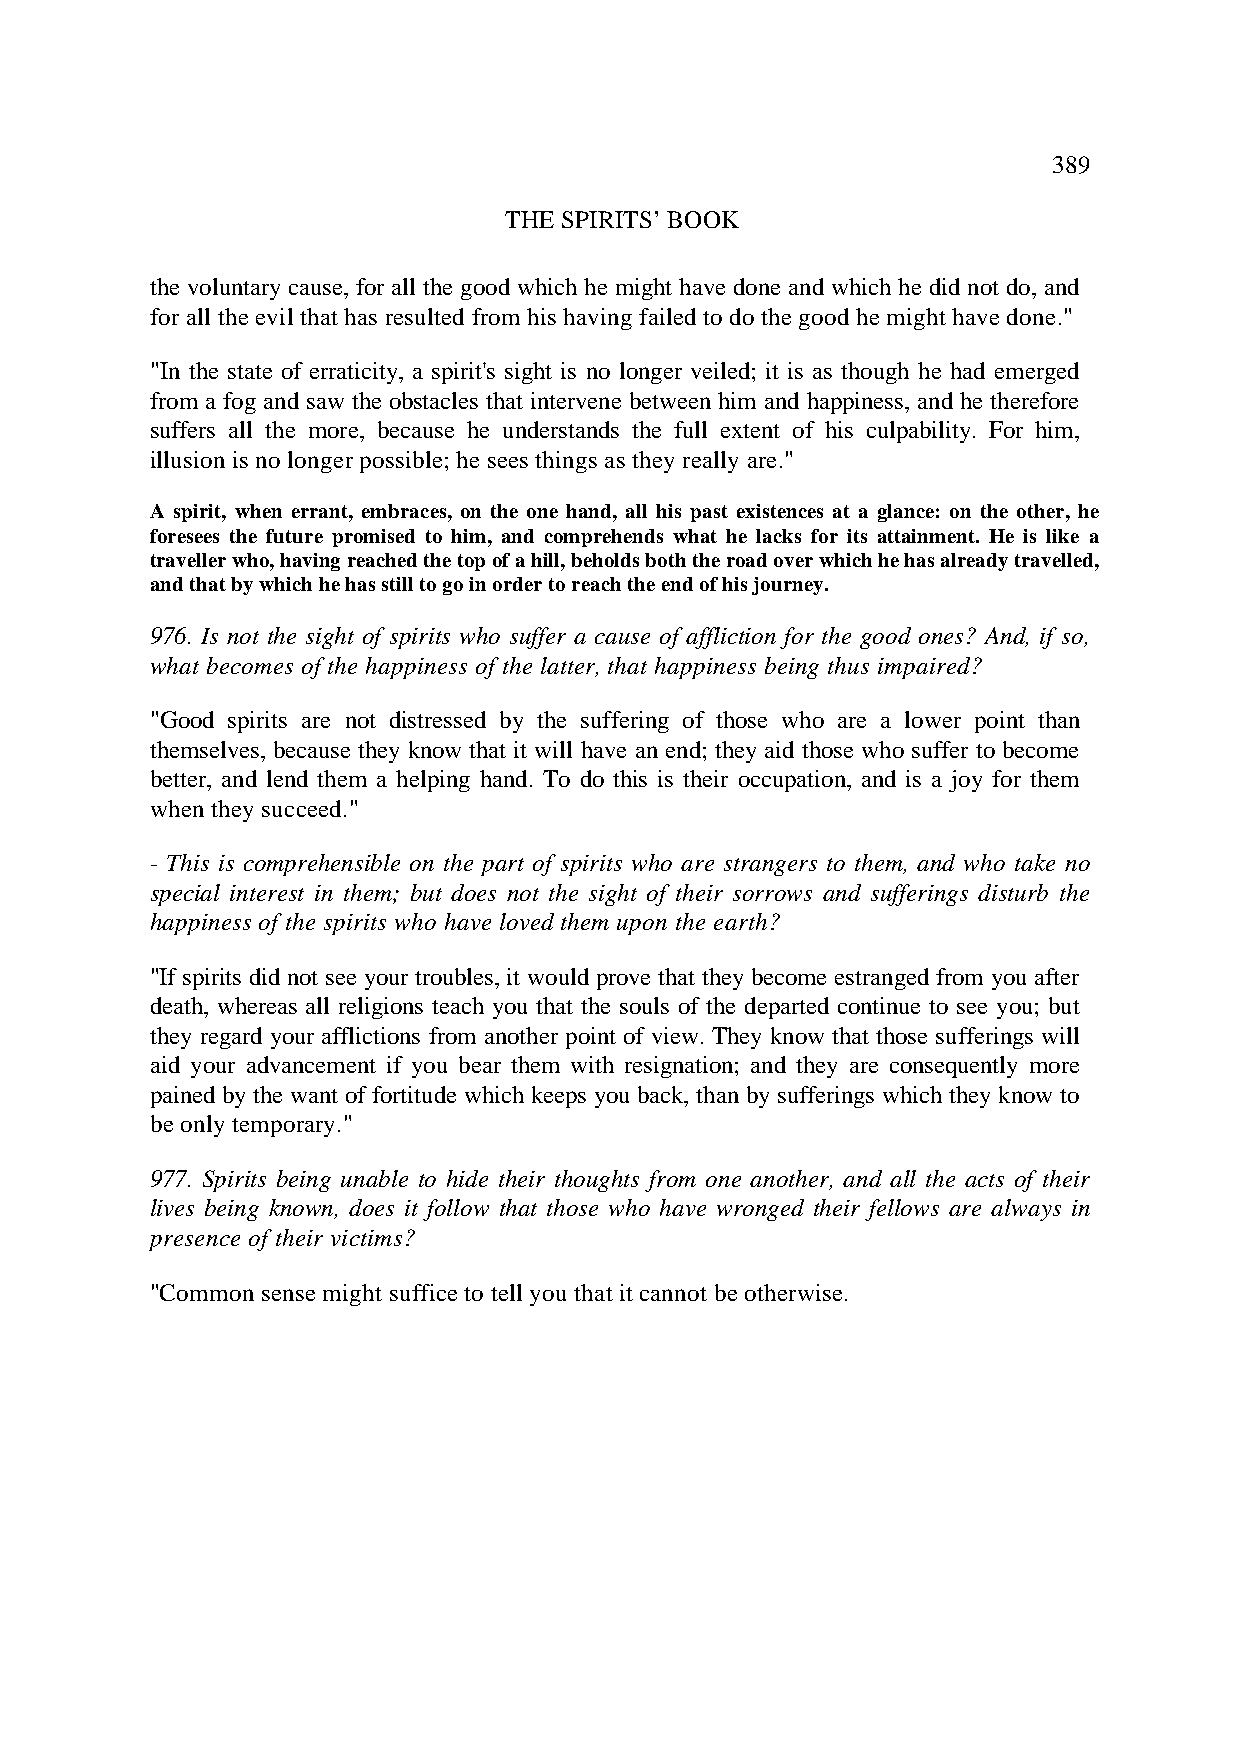
389
 THE SPIRITS’ BOOK
 the voluntary cause, for all the good which he might have done and which he did not do, and
 for all the evil that has resulted from his having failed to do the good he might have done."
 "In the state of erraticity, a spirit's sight is no longer veiled; it is as though he had emerged
 from a fog and saw the obstacles that intervene between him and happiness, and he therefore
 suffers all the more, because he understands the full extent of his culpability. For him,
 illusion is no longer possible; he sees things as they really are."
 A spirit, when errant, embraces, on the one hand, all his past existences at a glance: on the other, he
 foresees the future promised to him, and comprehends what he lacks for its attainment. He is like a
 traveller who, having reached the top of a hill, beholds both the road over which he has already travelled,
 and that by which he has still to go in order to reach the end of his journey.
 976. Is not the sight of spirits who suffer a cause of affliction for the good ones? And, if so,
 what becomes of the happiness of the latter, that happiness being thus impaired?
 "Good spirits are not distressed by the suffering of those who are a lower point than
 themselves, because they know that it will have an end; they aid those who suffer to become
 better, and lend them a helping hand. To do this is their occupation, and is a joy for them
 when they succeed."
 - This is comprehensible on the part of spirits who are strangers to them, and who take no
 special interest in them; but does not the sight of their sorrows and sufferings disturb the
 happiness of the spirits who have loved them upon the earth?
 "If spirits did not see your troubles, it would prove that they become estranged from you after
 death, whereas all religions teach you that the souls of the departed continue to see you; but
 they regard your afflictions from another point of view. They know that those sufferings will
 aid your advancement if you bear them with resignation; and they are consequently more
 pained by the want of fortitude which keeps you back, than by sufferings which they know to
 be only temporary."
 977. Spirits being unable to hide their thoughts from one another, and all the acts of their
 lives being known, does it follow that those who have wronged their fellows are always in
 presence of their victims?
 "Common sense might suffice to tell you that it cannot be otherwise.